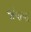
જોવાયા